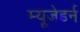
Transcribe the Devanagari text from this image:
म्यूजेडर्न